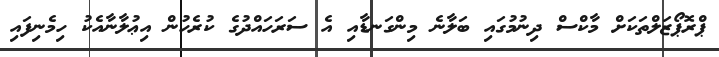
ޕްރޮޕޯޒަލްތަކަށް މާކްސް ދިނުމުގައި ބަލާނެ މިންގަނޑާއި އެ ސަރަހައްދުގެ ކުރެހުން އިޢުލާނާއެކު ހިމެނިފައި